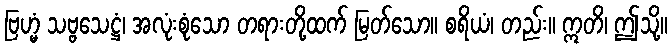
ဗြဟ္မံ သဗ္ဗသေဋ္ဌံ၊ အလုံးစုံသော တရားတို့ထက် မြတ်သော။ စရိယံ၊ တည်း။ ဣတိ၊ ဤသို့။